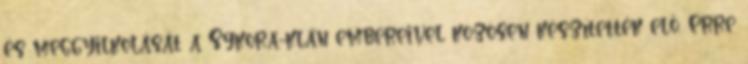
és meggyilkolását a Sýkora-klán embereivel közösen készítették elő. Erre